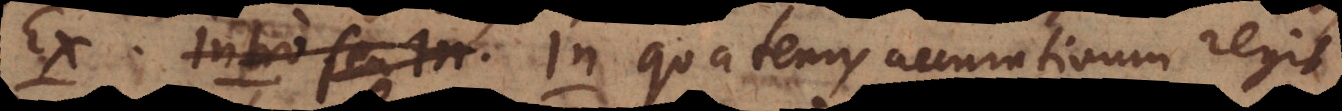
Ex. Intro seu In. In quatenus accusativum reg